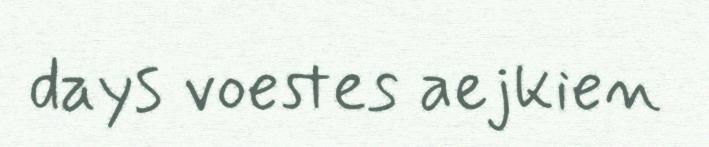
days voestes aejkien